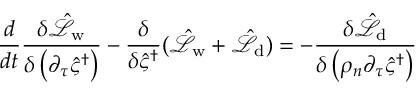
\frac { d } { d t } \frac { \delta \hat { \mathcal { L } } _ { \mathrm { w } } } { \delta \left( \partial _ { \tau } \hat { \varsigma } ^ { \dagger } \right) } - \frac { \delta } { \delta \hat { \varsigma } ^ { \dagger } } ( \hat { \mathcal { L } } _ { \mathrm { w } } + \hat { \mathcal { L } } _ { \mathrm { d } } ) = - \frac { \delta \hat { \mathcal { L } } _ { \mathrm { d } } } { \delta \left( \rho _ { n } \partial _ { \tau } \hat { \varsigma } ^ { \dagger } \right) }